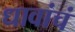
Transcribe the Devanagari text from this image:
धावांचं